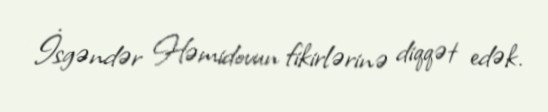
İsgəndər Həmidovun fikirlərinə diqqət edək.